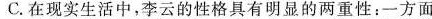
C.在现实生活中，李云的性格具有明显的两重性：-方面